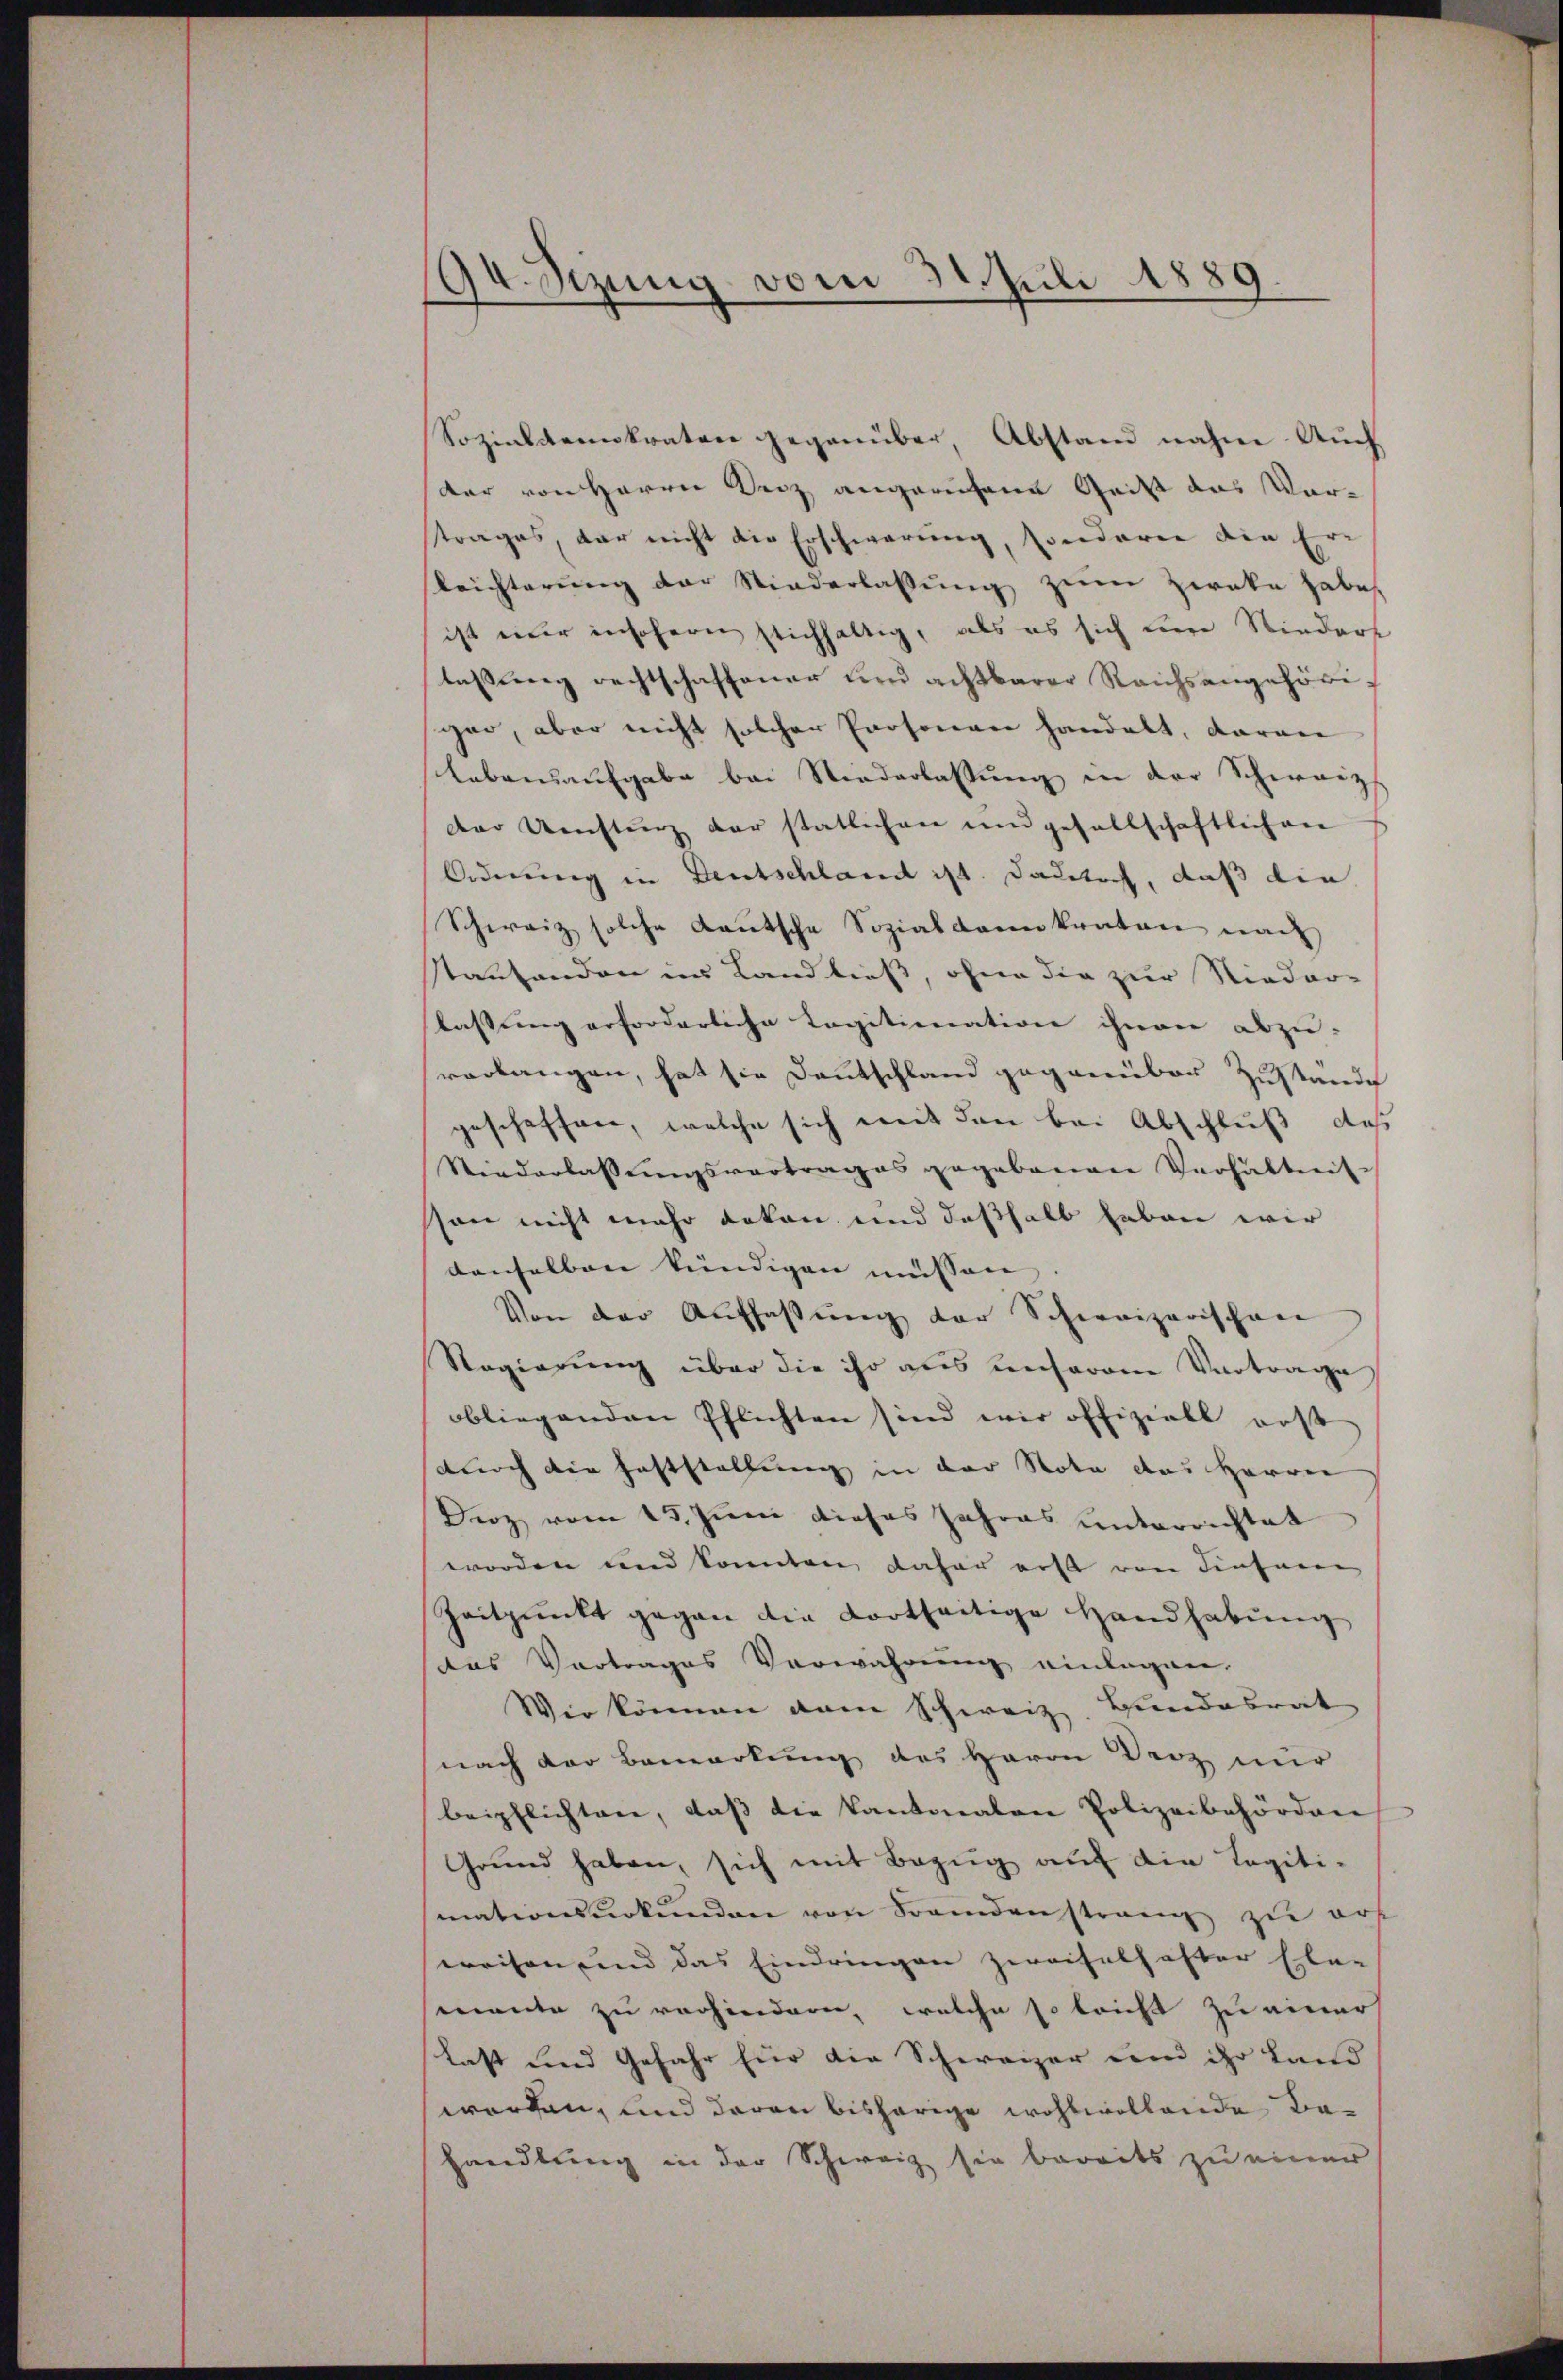
94. Sizung vom 31. Juli 1889.

Sozialdemokraten gegenüber, Abstand nahm. Auch
der von Herrn Seiz angerufene Geist das Vorstrages, der nicht die Erschwerung, sonderen die Erleichterung der Niederlassung zum Zwecke habe.
ist nur insofern stichhaltig, als es sich um Nieders
laßung rechtschaffener und achtbarer Reichsangehörigar, aber nicht solcher Personen handelt, daran
Lebensaufgabe bei Niederlassŭng in der Schweiz
der Umstanz der statlichen und gesellschaftlichen
Ordnung in Deutschland ist. Dadetoch, daß die
Schweiz solche Kautsche Sozialdemokraten nach
stantenden ins Land ließ, ohne die zur Nieder-
lassung erforderliche Tagitionation ihnen abzu-
verlangen, hat sie Deutschland gegenüber Zustände
geschaffen, welche sich mit den bei Abschluß, daß
Niederlassungsvortrages gegebenen Verhältnis-
son nicht mehr dokon und deßhalb leben wir
denselben kündigen müssen
Von der Auffassung der Schweizerischen
Regierung über die ihr aus unserem Vortrage
obliegenden Pflichten sind wir offiziell erst
durch die Feststellung in der Nota das Herrn
Derz vom 15. Juni dieses Jahres unterrichtet
worden und konnten daher erst von Finsame
Zeitpunkt gegen die dortheilige Handhabŭng
das Vertrages Verwahrung einlagen.
Wir können dem Schweiz, Bundesrat
nach der Bemerkung des Herrn Benz nur
beipflichten, daß die Kantonalen Polizeibehörden
Grŭnd haben, sich mit Bezug auf die Legiti-
mationsurkunden von Fremdenstrang zu ers
weisen und das Eindringen zweifelhafter Elen
mante zu verhindern, welche so leicht zu einer
Last und Gefahr für die Schweizer und ihr Land
worden, und daran bisherige wohlwollende Behandlung in der Schweiz sie bereits zu einer